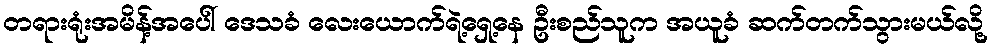
တရားရုံးအမိန့်အပေါ် ဒေသခံ လေးယောက်ရဲ့ရှေ့နေ ဦးစည်သူက အယူခံ ဆက်တက်သွားမယ်လို့